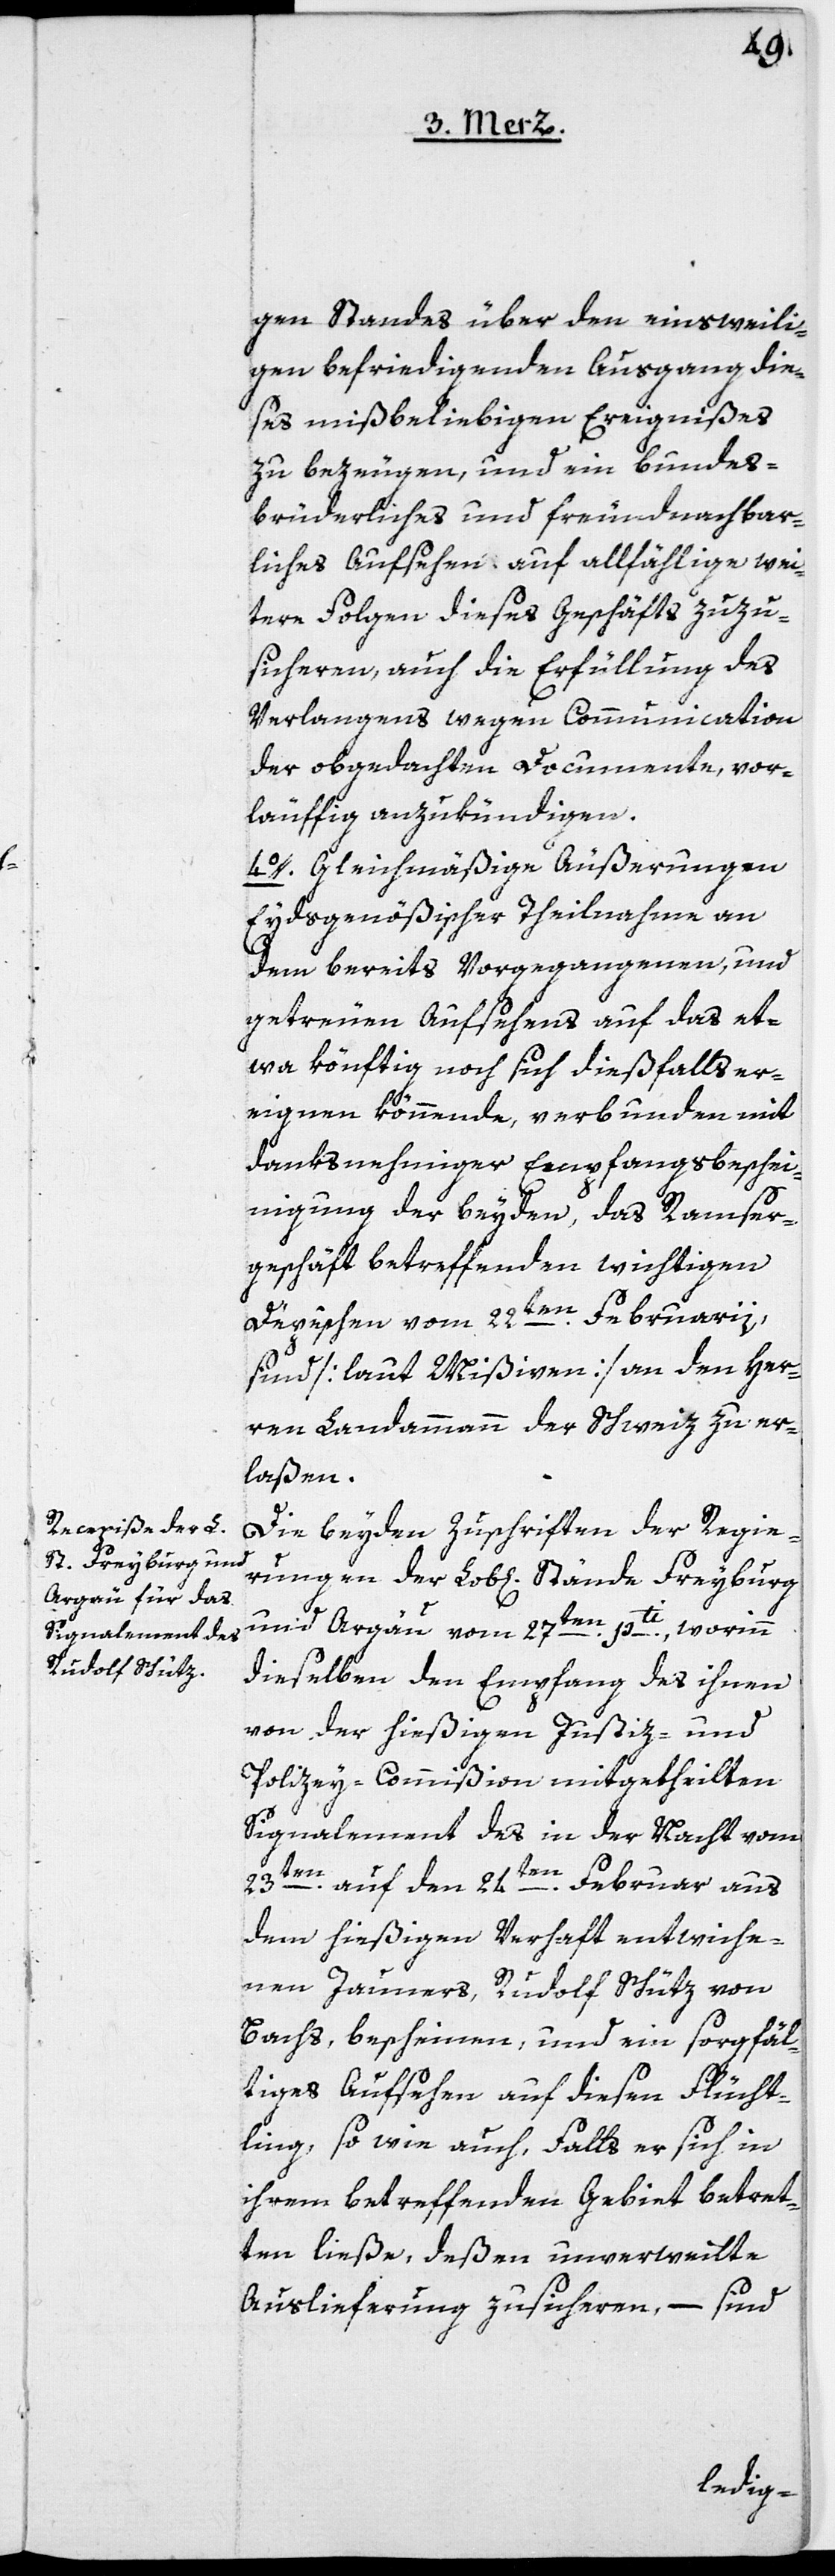
gen Standes über den einsweili¬
gen befriedigenden Ausgang die¬
ses mißbeliebigen Ereignißes
zu bezeugen, und ein bundes¬
brüderliches und freundnachbar¬
liches Aufsehen auf allfählige wei¬
tere Folgen dieses Geschäfts zuzu¬
sicheren, auch die Erfüllung des
Verlangens wegen Communication
der obgedachten Documente, vor¬
läuffig anzukündigen.
4o. Gleichmäßige Äußerungen
Eydsgenößischer Theilnahme an
dem bereits Vorgegangenen, und
getreuen Aufsehens auf das et¬
wa könftig noch sich dießfalls er¬
eignen könnende, verbunden mit
danknehmiger Empfangsbeschei¬
nigung der beyden, des Ramser¬
geschäft betreffenden wichtigen
Depeschen vom 22ten Februarii,
sind [laut Mißiven] an den Her¬
ren Landammann der Schweiz zu er¬
laßen.
Die beyden Zuschriften der Regie¬
Stände
und Argau vom 27ten pt¬
i., worinn
dieselben den Empfang des ihnen
von der hießigen Justiz- und
Polizey-Commißion mitgetheilten
Signalement des in der Nacht vom
23ten auf den 24ten Februar aus
dem hießigen Verhaft entwiche¬
nen Jauners, Rudolf Schütz von
Bachs, bescheinen, und ein sorgfäl¬
tiges Aufsehen auf diesen Flücht¬
ling, so wie auch, Falls er sich in
ihrem betreffenden Gebiet betret¬
ten ließe, deßen unverweilte
Auslieferung zusicheren, – sind